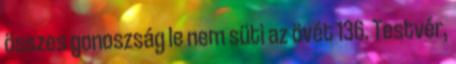
összes gonoszság le nem süti az övét 136. Testvér,